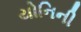
યોનિની